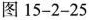
图15-2-25